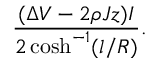
\frac { ( \Delta V - 2 \rho J z ) I } { 2 \cosh ^ { - 1 } ( l / R ) } .